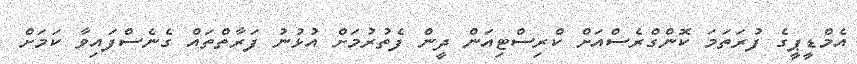
އެމްޑީޕީގެ ފުރަތަމަ ކޮންގްރެސްއަށް ކްރިސްޓިއަން ދީން ފެތުރުމަށް އުޅުނު ފަރާތްތައް ގެނެސްފައިވާ ކަމަށް